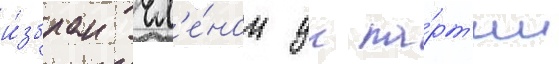
и́збран чл'е́ном цк па́рт'ии